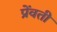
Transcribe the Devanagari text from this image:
प्रेंवती